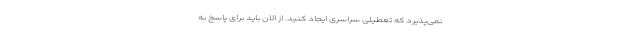
نمی‌پذیرد که تعطیلی سراسری ایجاد کنید. از الان باید برای پاسخ به